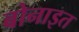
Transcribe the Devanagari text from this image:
बोनाइत